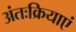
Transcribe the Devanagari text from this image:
अंतःक्रियाएं